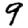
Digit: 9